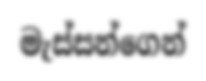
මැස්සන්ගෙන්